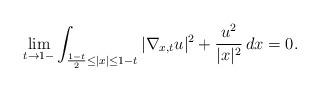
LaTeX: \begin{align*} \lim_{t\to 1-}\int_{\frac{1-t}{2}\leq |x|\leq 1-t}|\nabla_{x,t}u|^2+\frac{u^2}{|x|^2}\,dx=0.\end{align*}